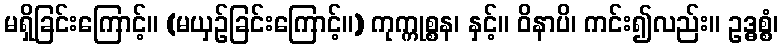
မရှိခြင်းကြောင့်။ (မယှဉ်ခြင်းကြောင့်။) ကုက္ကုစ္စန၊ နှင့်။ ဝိနာပိ၊ ကင်း၍လည်း။ ဥဒ္ဓစ္စံ၊